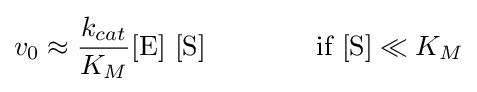
v_{0}\approx {\frac {k_{cat}}{K_{M}}}{[\mathrm {E} ]~[\mathrm {S} ]}\qquad \qquad {\text{if }}[{\ce {S}}]\ll K_{M}